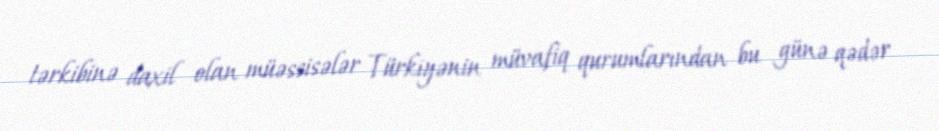
tərkibinə daxil olan müəssisələr Türkiyənin müvafiq qurumlarından bu günə qədər